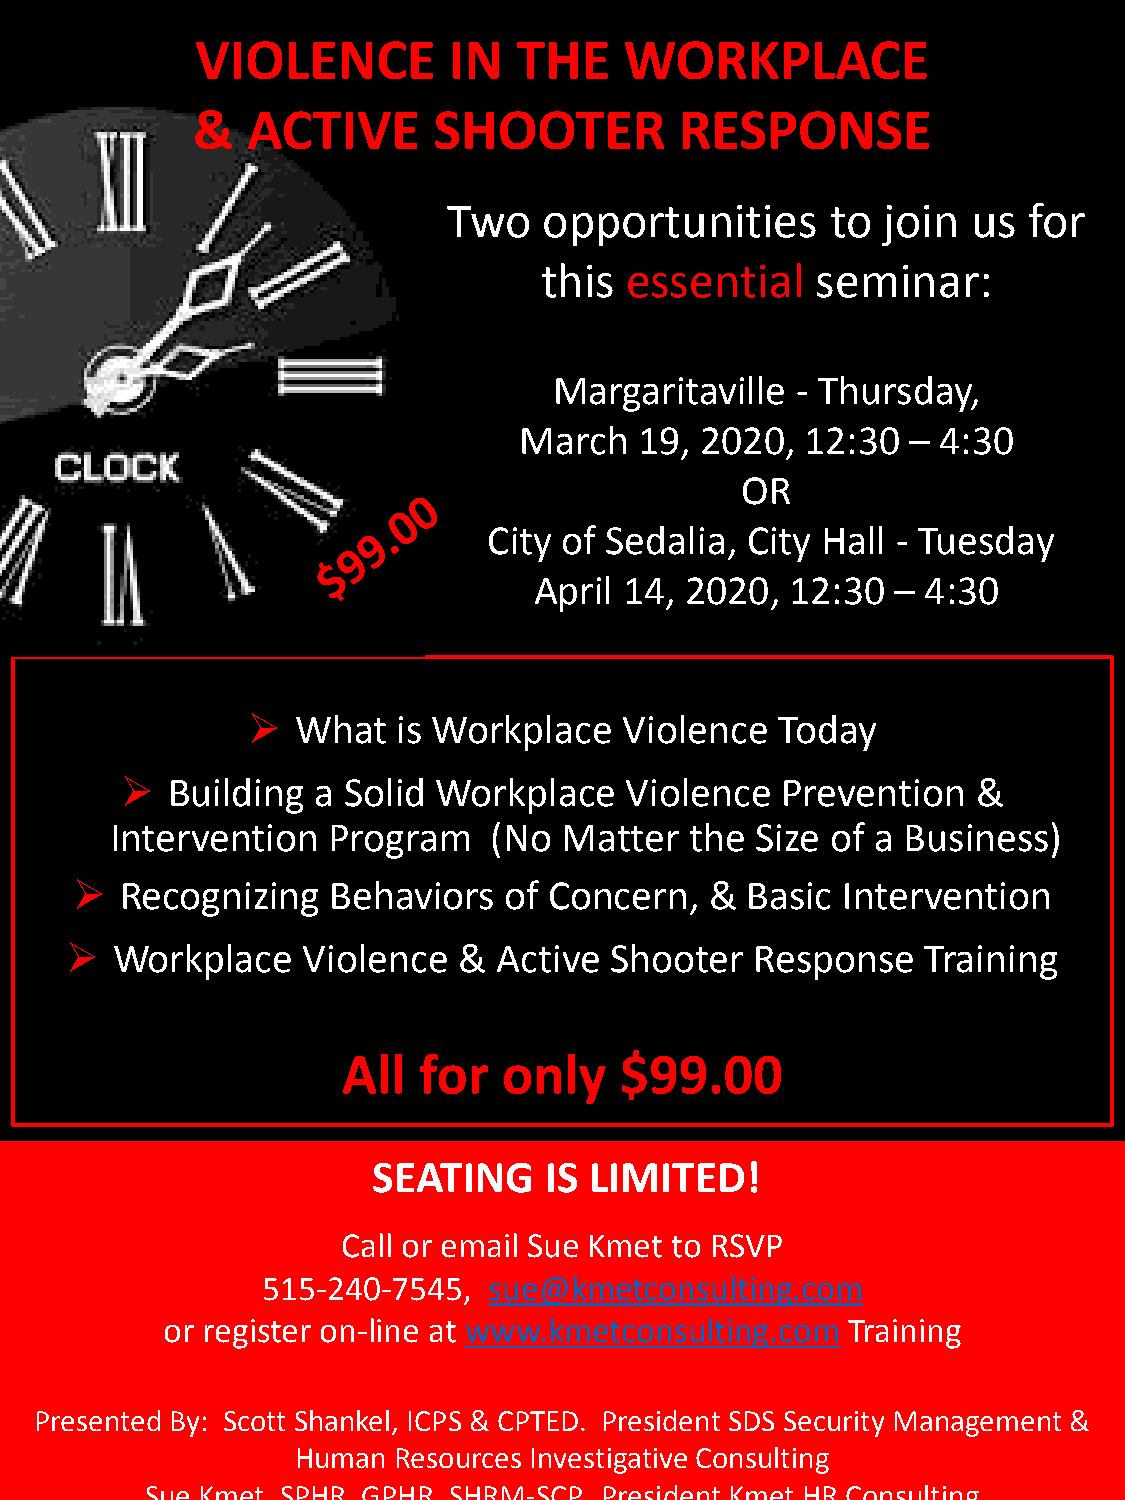
VIOLENCE         IN  THE    WORKPLACE
 &  ACTIVE       SHOOTER         RESPONSE
 Two   opportunities      to join  us  for
 this essential    seminar:
 Margaritaville  - Thursday,
 March   19, 2020,  12:30  – 4:30
 OR
 City of Sedalia, City Hall - Tuesday
 April 14, 2020,  12:30  – 4:30
 ➢   What  is Workplace   Violence   Today
 ➢  Building  a Solid Workplace   Violence   Prevention   &
 Intervention   Program    (No Matter   the Size of a Business)
 ➢  Recognizing   Behaviors  of Concern,   & Basic  Intervention
 ➢  Workplace    Violence  &  Active Shooter   Response   Training
 All  for  only    $99.00
 SEATING    IS LIMITED!
 Call or email Sue Kmet to RSVP
 515-240-7545,  sue@kmetconsulting.com
 or register on-line at www.kmetconsulting.com Training
 Presented By: Scott Shankel, ICPS & CPTED. President SDS Security Management &
 Human Resources Investigative Consulting
 Sue Kmet, SPHR, GPHR, SHRM-SCP. President Kmet HR Consulting